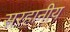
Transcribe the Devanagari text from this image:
सरहानीय